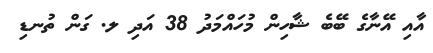
އާއި އޭނާގެ ބޭބެ ޝާހިން މުހައްމަދު 38 އަދި ލ. ގަން ތުނޑި